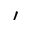
\prime